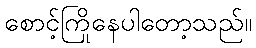
စောင့်ကြိုနေပါတော့သည်။